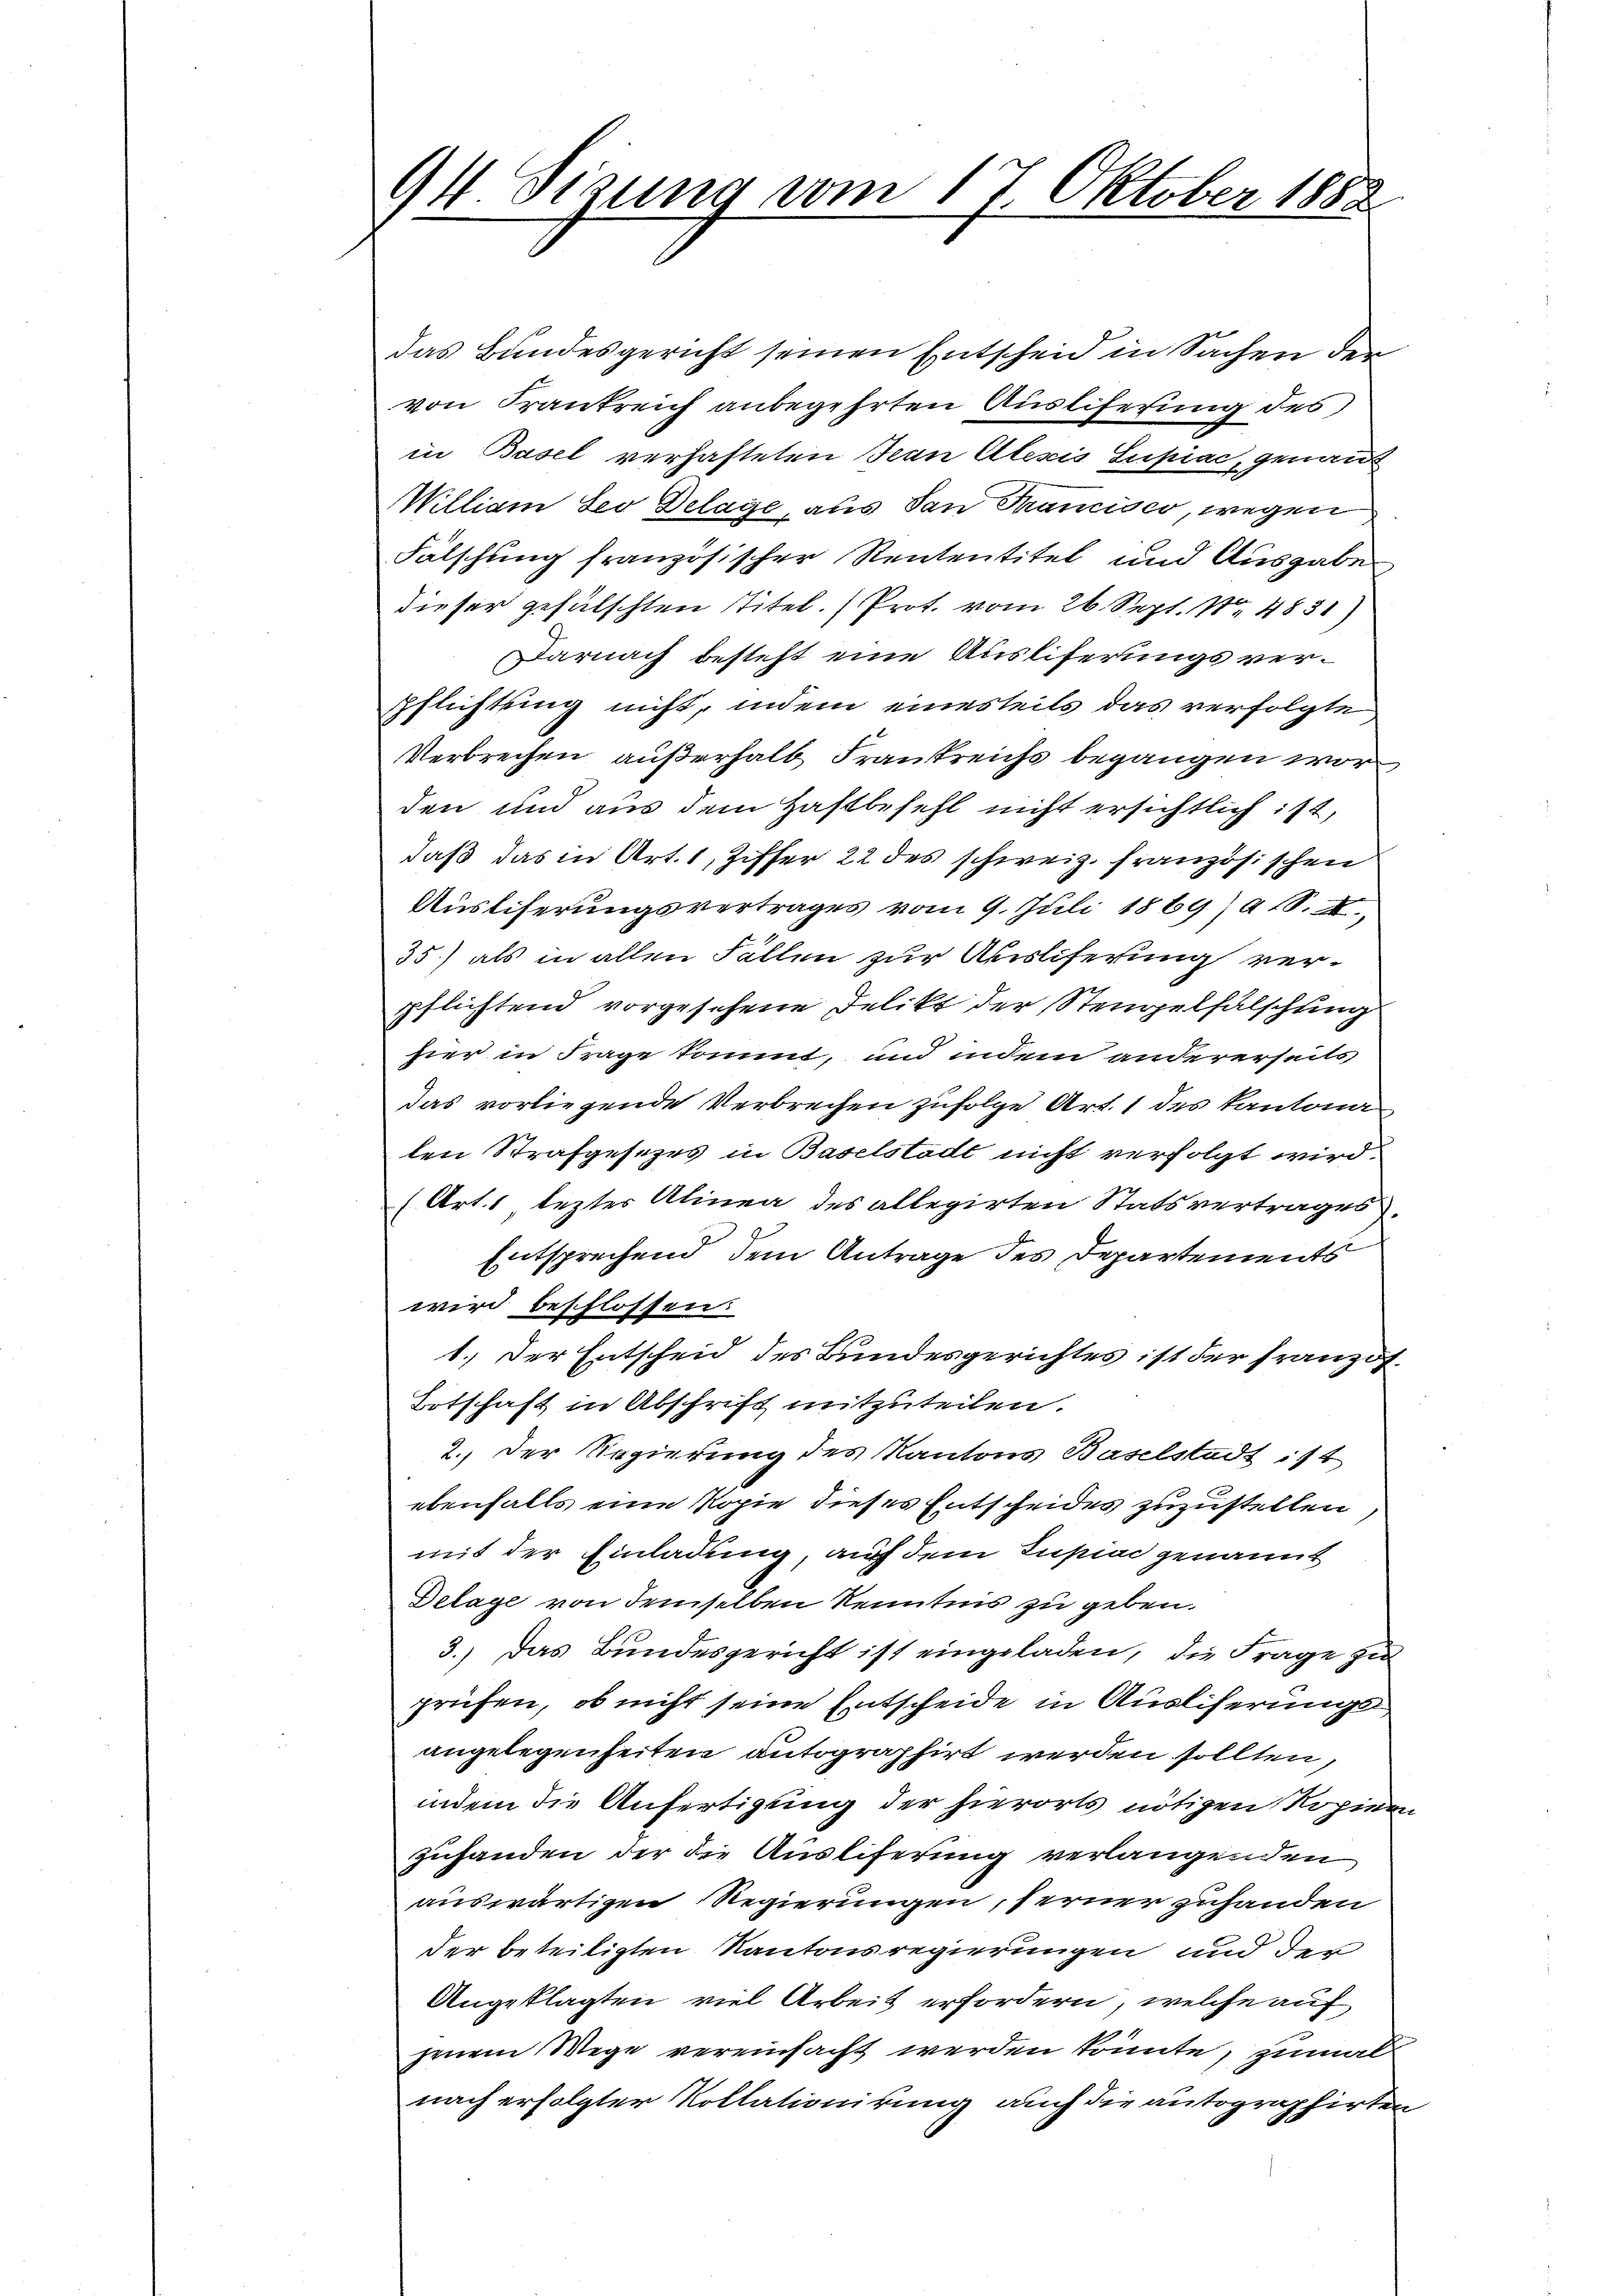
94 Sizung vom 17. Oktober 1888

das Bundesgericht seinen Entscheid in Sachen der
von Frankreich anbegehrten Ausliferung des
in Basel verhafteten Jean Alexis Supiac, genau
William Leo Delage, aus San Francisco, wegen
Fälschung französischer Rententitel und Ausgabe
dieser gefälschten Titel. Prot. vom 26. Sept. No 4831)
Darnach besteht eine Ausliferungsverpflichtling nicht, indem einesteils das verfolgte
Verbrechen außerhalb Frankreichs begangen worden und aus dem Haftbefehl nicht ersichtlich ist,
daß das in Art. 1, Ziffer 22 des schweiz. französischen
Auslieferungsvertrages vom 9. Juli 1869) S.
35) als in allen Fällen zur Absliferung verpflichtend vorgesehene Delikt der Stempelfälschung
hier in Frage kommt, und indem andererseits
das vorliegende Verbrechen zufolge Art. 1 des Kantona
len Strafgesezes in Baselstadt nicht verfolgt wird.
(Art. 1 lezter Alinea des allegirten Statsvertrages).
Entsprechend dem Antrage des Departements
wird beschlossen:
1.) Der Entscheid des Bundesgerichtes ist der französ.
Totschaft in Abschrift mitzuteilen.
2.) Der Regierung des Kantons Baselstadt ist
ebenfalls eine Kopie dieses Entscheides zuzustellen
mit der Einladung, auf dem Tupiac genannt
Delage von demselben Kenntnis zu geben.
3.) Das Bundesgericht ist eingeladen, die Frage zu
prüfen, ob nicht seine Entscheide in Ausliserungs
angelegenheiten autographirt werden sollten,
indem die Anfertigung der hierorts nötigen Kopiere
zuhanden der die Ausliferung verlangenden
auswärtigen Regierungen, ferner zuhanden
der beteiligten Kantonsregierungen und der
Angeklagten viel Arbeit erfordern, welche auf
jenem Wege vereinfacht werden könnte, zumal
nach erfolgter Kollationirung auch die autographirten